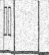
٥٩